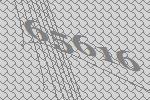
65616